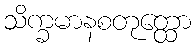
သိက္ခမာနစတုတ္ထော